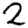
Digit: 2